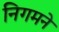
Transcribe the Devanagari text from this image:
निगमने